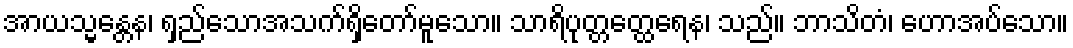
အာယသ္မန္တေန၊ ရှည်သောအသက်ရှိတော်မူသော။ သာရိပုတ္တတ္ထေရေန၊ သည်။ ဘာသိတံ၊ ဟောအပ်သော။